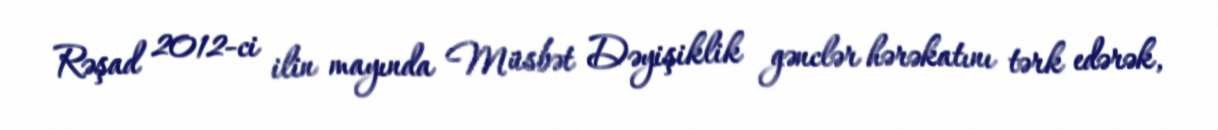
Rəşad 2012-ci ilin mayında Müsbət Dəyişiklik gənclər hərəkatını tərk edərək,